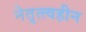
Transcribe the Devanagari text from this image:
नेतृत्त्वहीन